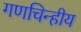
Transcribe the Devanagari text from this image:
गणचिन्हीय